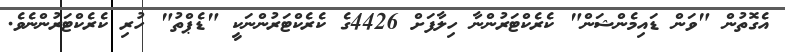
އެގޮތުން "ވަން ޑައިމެންޝަން" ކެރެކްޓަރުންނާ ހިލާފަށް 4426ގެ ކެރެކްޓަރުންނަކީ "ޑެޕްތު" ހުރި ކެރެކްޓަރުންނެވެ.